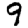
Digit: 9